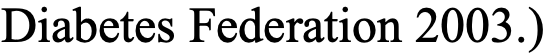
Diabetes Federation 2003.)